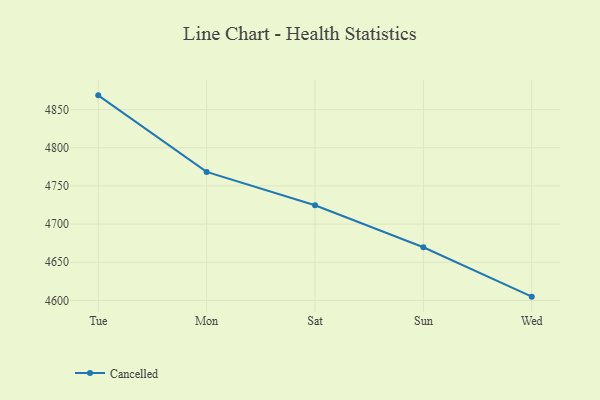
{"axis": {"x": "Day", "y": "Satisfaction Score"}, "legend": ["Cancelled"], "data": [{"x": "Tue", "y": 4868.6, "type": "Cancelled"}, {"x": "Mon", "y": 4768.3, "type": "Cancelled"}, {"x": "Sat", "y": 4724.7, "type": "Cancelled"}, {"x": "Sun", "y": 4669.7, "type": "Cancelled"}, {"x": "Wed", "y": 4605.0, "type": "Cancelled"}]}